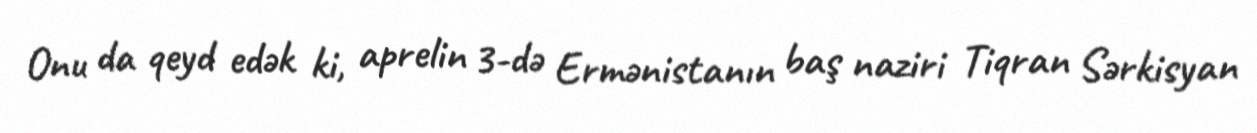
Onu da qeyd edək ki, aprelin 3-də Ermənistanın baş naziri Tiqran Sərkisyan